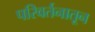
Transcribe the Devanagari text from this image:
परिवर्तनातून